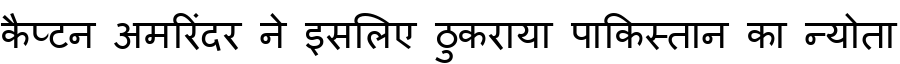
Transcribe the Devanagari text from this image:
कैप्टन अमरिंदर ने इसलिए ठुकराया पाकिस्तान का न्योता